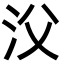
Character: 㳇